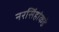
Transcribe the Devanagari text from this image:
नरसिंहांकडे